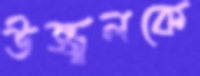
উজ্জ্বলকে